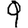
Digit: 9